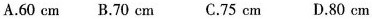
A. 60 cm B. 70 cm C. 75 cm D. 80 cm